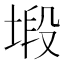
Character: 塅